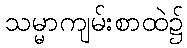
သမ္မာကျမ်းစာထဲ၌